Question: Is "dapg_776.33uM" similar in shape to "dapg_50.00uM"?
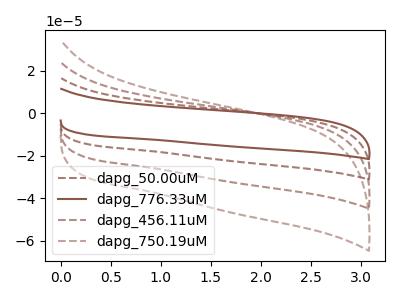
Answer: <think>The brown dashed curve "dapg_50.00uM" has no peaks. The brown curve "dapg_776.33uM" has no peaks. The brown dashed curve "dapg_456.11uM" has no peaks. The brown dashed curve "dapg_750.19uM" has no peaks.
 Neither "dapg_776.33uM" or "dapg_50.00uM" have any peaks.</think>
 <answer>"dapg_776.33uM" and "dapg_50.00uM" are similar in shape.</answer>
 <eval>same_shape</eval>